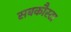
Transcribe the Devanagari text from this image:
सबकौस्टा